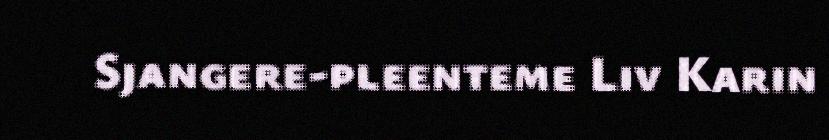
Sjangere-pleenteme Liv Karin